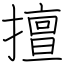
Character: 擅